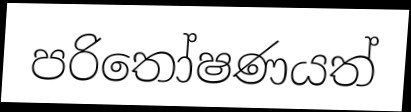
පරිතෝෂණයත්